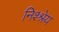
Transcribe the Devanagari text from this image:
निश्श्रेय